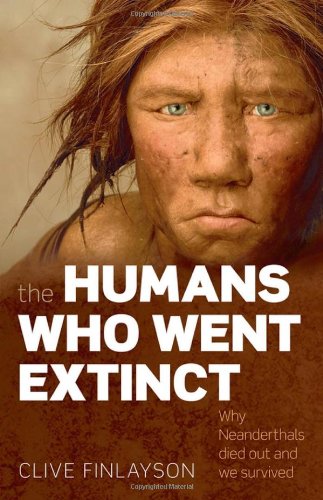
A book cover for The Humans Who Went Extinct: Why Neanderthals Died Out and We Survived; Clive Finlayson; Science & Math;